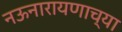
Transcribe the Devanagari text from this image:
नऊनारायणाच्या